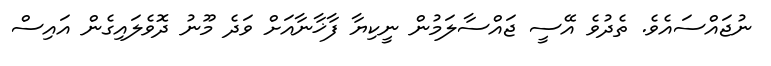
ނުޖައްސައެވެ. ތެދުވެ އޭސީ ޖައްސާލަމުން ނީކިޔާ ފާޚާނާއަށް ވަދެ މޫނު ދޮވެލައިގެން އައިސް